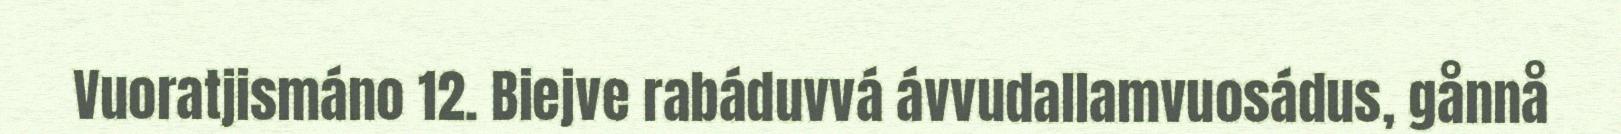
Vuoratjismáno 12. Biejve rabáduvvá ávvudallamvuosádus, gånnå